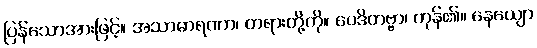
ပြန်သောအားဖြင့်။ အသာဓာရဏာ၊ တရားတို့ကို။ ဝေဒိတဗ္ဗာ၊ ကုန်၏။ နေယျော